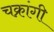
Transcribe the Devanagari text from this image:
चक्रांगी